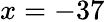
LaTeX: x=-37